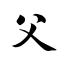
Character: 父